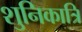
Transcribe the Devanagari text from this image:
शुनिकात्रि